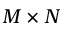
M \times N